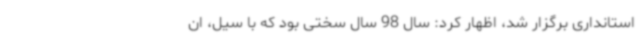
استانداری برگزار شد، اظهار کرد: سال 98 سال سختی بود که با سیل، ان